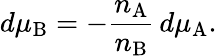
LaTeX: d\mu_{\mathrm{B}}=-{\frac{n_{\mathrm{A}}}{n_{\mathrm{B}}}}\, d\mu_{\mathrm{A}}.